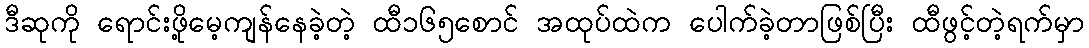
ဒီဆုကို ရောင်းဖို့မေ့ကျန်နေခဲ့တဲ့ ထီ၁၆၅စောင် အထုပ်ထဲက ပေါက်ခဲ့တာဖြစ်ပြီး ထီဖွင့်တဲ့ရက်မှာ